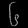
Digit: ၆